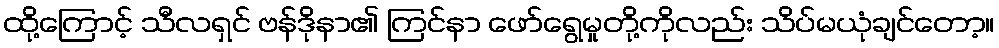
ထို့ကြောင့် သီလရှင် ဗန်ဒိုနာ၏ ကြင်နာ ဖော်ရွေမှုတို့ကိုလည်း သိပ်မယုံချင်တော့။